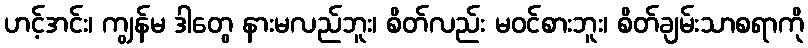
ဟင့်အင်း၊ ကျွန်မ ဒါတွေ နားမလည်ဘူး၊ စိတ်လည်း မဝင်စားဘူး၊ စိတ်ချမ်းသာစရာကို